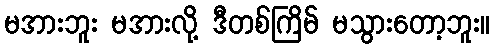
မအားဘူး မအားလို့ ဒီတစ်ကြိမ် မသွားတော့ဘူး။